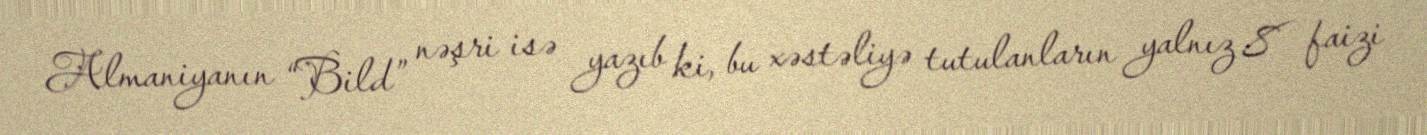
Almaniyanın “Bild” nəşri isə yazıb ki, bu xəstəliyə tutulanların yalnız 8 faizi